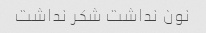
نون نداشت شکر نداشت